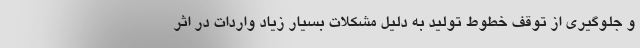
و جلوگیری از توقف خطوط تولید به دلیل مشکلات بسیار زیاد واردات در اثر